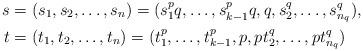
LaTeX: \begin{align*}s &= (s_1, s_2, \ldots, s_n) = (s_1^p q,\ldots, s_{k-1}^p q, q, s_2^q, \ldots, s_{n_q}^q), \\t &= (t_1, t_2, \ldots, t_n) = (t_1^p, \ldots, t_{k-1}^p, p, p t_2^q, \ldots, p t_{n_q}^q)\end{align*}